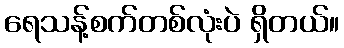
ရေသန့်စက်တစ်လုံးပဲ ရှိတယ်။